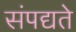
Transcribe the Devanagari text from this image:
संपद्यते